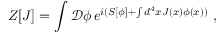
Z [ J ] = \int { \mathcal { D } } \phi \, e ^ { i ( S [ \phi ] + \int d ^ { 4 } x J ( x ) \phi ( x ) ) } ~ ,